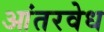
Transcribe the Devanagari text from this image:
आंतरवेध